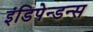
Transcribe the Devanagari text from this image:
इंडिपेन्डन्स